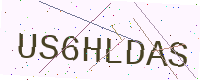
Text: US6HLDAS